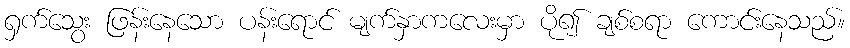
ရှက်သွေး ဖြန်းနေသော ပန်းရောင် မျက်နှာကလေးမှာ ပို၍ ချစ်စရာ ကောင်းနေသည်။